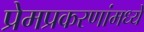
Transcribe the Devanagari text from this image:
प्रेमप्रकरणांमध्ये